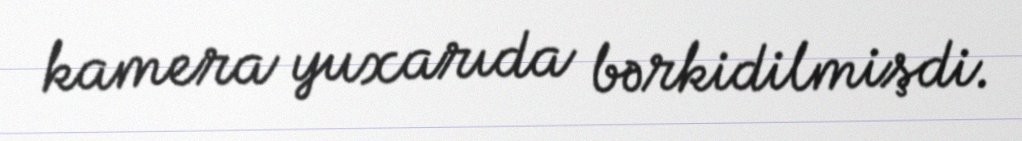
kamera yuxarıda bərkidilmişdi.